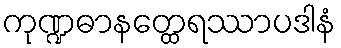
ကုဏ္ဍဓာနတ္ထေရဿာပဒါနံ